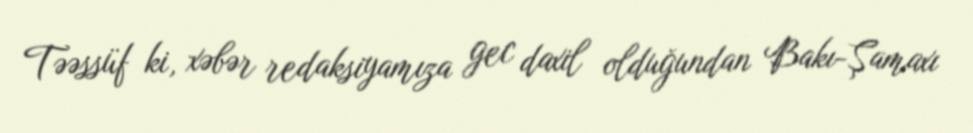
Təəssüf ki, xəbər redaksiyamıza gec daxil olduğundan Bakı-Şamaxı